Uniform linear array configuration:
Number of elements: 32
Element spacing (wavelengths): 0.75
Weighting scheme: cosine
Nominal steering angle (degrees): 30
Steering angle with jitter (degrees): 30.345
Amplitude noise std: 0.05
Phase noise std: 0.05

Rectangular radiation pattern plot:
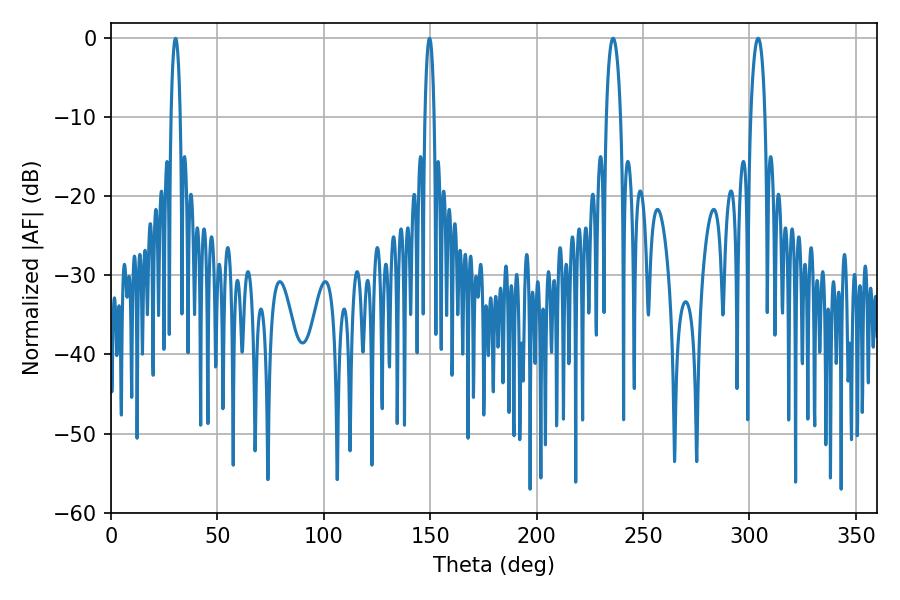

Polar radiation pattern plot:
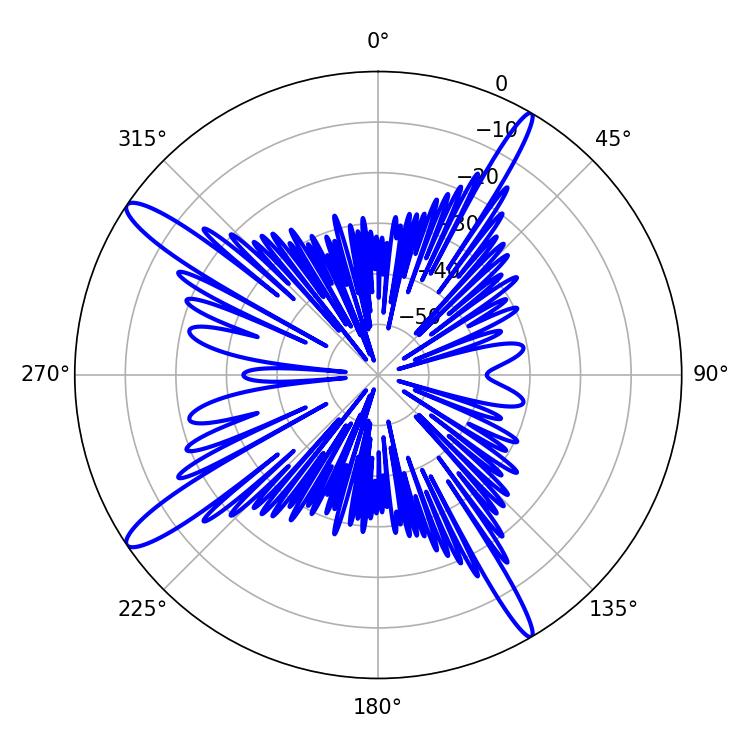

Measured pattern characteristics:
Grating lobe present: TRUE
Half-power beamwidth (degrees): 3.78
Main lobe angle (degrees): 235.98